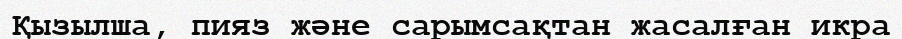
Қызылша, пияз және сарымсақтан жасалған икра